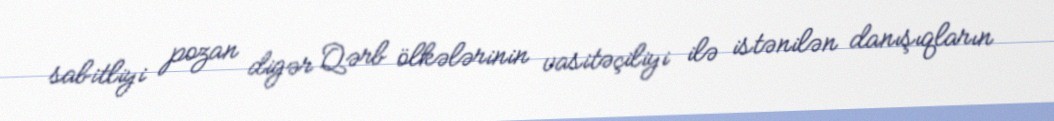
sabitliyi pozan digər Qərb ölkələrinin vasitəçiliyi ilə istənilən danışıqların